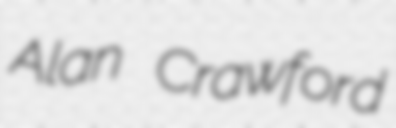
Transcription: Alan Crawford